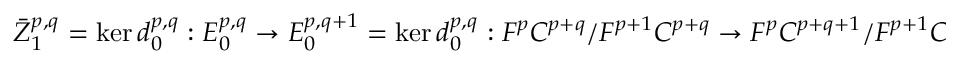
{ \bar { Z } } _ { 1 } ^ { p , q } = \ker d _ { 0 } ^ { p , q } : E _ { 0 } ^ { p , q } \rightarrow E _ { 0 } ^ { p , q + 1 } = \ker d _ { 0 } ^ { p , q } : F ^ { p } C ^ { p + q } / F ^ { p + 1 } C ^ { p + q } \rightarrow F ^ { p } C ^ { p + q + 1 } / F ^ { p + 1 } C ^ { p + q + 1 }